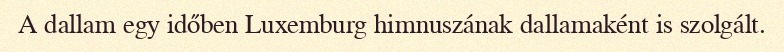
A dallam egy időben Luxemburg himnuszának dallamaként is szolgált.